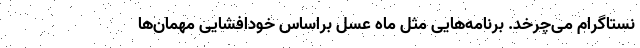
نستاگرام می‌چرخد. برنامه‌هایی مثل ماه عسل براساس خودافشایی مهمان‌ها